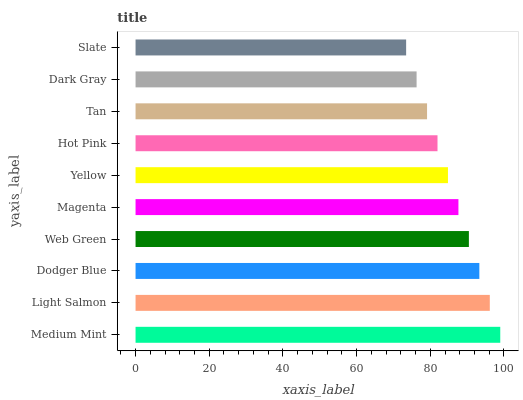
| yaxis_label | bars |
 | --- | --- |
 | Medium Mint | 99 |
 | Light Salmon | 96.2 |
 | Dodger Blue | 93.3 |
 | Web Green | 90.5 |
 | Magenta | 87.6 |
 | Yellow | 84.8 |
 | Hot Pink | 82 |
 | Tan | 79.1 |
 | Dark Gray | 76.3 |
 | Slate | 73.4 |